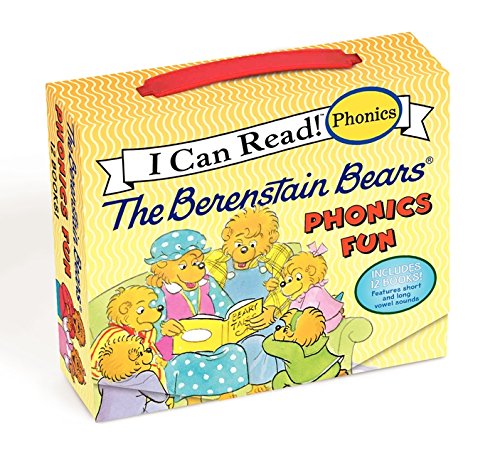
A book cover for The Berenstain Bears Phonics Fun (My First I Can Read); Jan Berenstain; Children's Books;